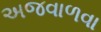
અજવાળવા